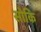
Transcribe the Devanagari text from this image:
सोकि